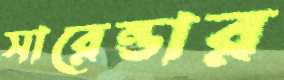
সারেন্ডার